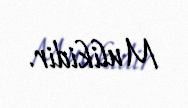
Mulikidir.